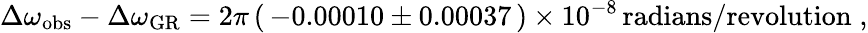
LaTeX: \Delta\omega_{\mathrm{obs}}-\Delta\omega_{\mathrm{GR}}=2\pi\, (\, -0.00010\pm 0.00037\, )\times 10^{-8}\, \mathrm{radians/revolution}\; ,